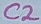
Text: C2